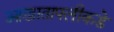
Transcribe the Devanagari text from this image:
आखातापलीकडे